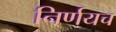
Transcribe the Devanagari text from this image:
निर्णयच